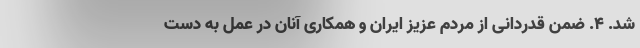
شد. 4. ضمن قدردانی از مردم عزیز ایران و همکاری آنان در عمل به دست